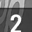
Digit: 2